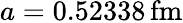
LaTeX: a=0.52338\, \mathrm{fm}